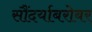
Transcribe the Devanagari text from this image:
सौंदर्याबरोबर